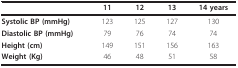
|  | 11 | 12 | 13 | 14 years |
 | --- | --- | --- | --- | --- |
 | Systolic BP (mmHg) | 123 | 125 | 127 | 130 |
 | Diastolic BP (mmHg) | 79 | 76 | 74 | 74 |
 | Height (cm) | 149 | 151 | 156 | 163 |
 | Weight (Kg) | 46 | 48 | 51 | 58 |